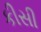
કીસી